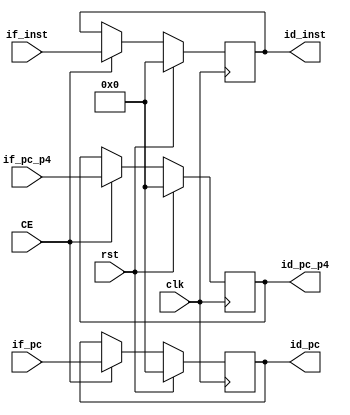
module IfIdRegisters (
    input clk,
    input rst,
    input CE,
    input [31:0] if_pc_p4,
    input [31:0] if_pc,
    input [31:0] if_inst,
    output reg [31:0] id_pc_p4,
    output reg [31:0] id_pc,
    output reg [31:0] id_inst
    );
    always @(posedge clk) begin
        if (rst) begin
            id_pc_p4 <= 0;
            id_pc <= 0;
            id_inst <= 0;
        end 
        else if (CE) begin
            id_pc_p4 <= if_pc_p4;
            id_pc <= if_pc;
            id_inst <= if_inst;
        end
    end
endmodule